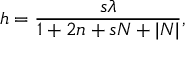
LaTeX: h = { \frac { s \lambda } { 1 + 2 n + s N + | N | } } ,